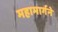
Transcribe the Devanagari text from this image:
महामार्गने